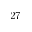
2 7